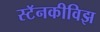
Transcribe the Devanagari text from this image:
स्टॅनकीविझ